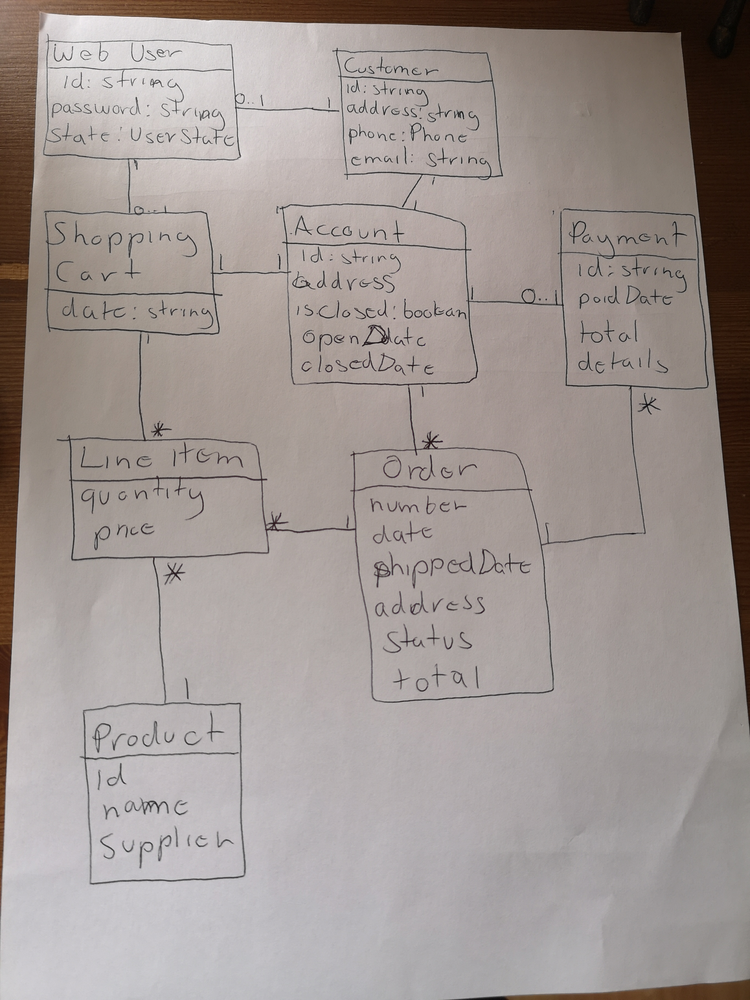
Diagram type: class_diagram
```plantuml
@startuml

hide empty members

class "Web User" as WebUser {
    id: string
    password: string
    state: UserState
}

class Customer {
    id: string
    address: string
    phone: Phone
    email: string
}

class "Shopping Cart" as ShoppingCart {
    date: string
}

class Account {
    id: string
    address
    isClosed: boolean
    openDate
    closedDate
}

class Payment {
    id: string
    paidDate
    total
    details
}

class "Line Item" as LineItem {
    quantity
    price
}

class Order {
    number
    date
    shippedDate
    address
    status
    total
}

class Product {
    id
    name
    supplier
}

WebUser "0..1" -- "1" Customer
WebUser "1" -- "0..1" ShoppingCart

Customer "1" -- "1" Account

ShoppingCart "1" -- "1" Account
ShoppingCart "1" -- "*" LineItem

Account "1" -- "0..1" Payment
Account "1" -- "*" Order

Order "1" -- "*" Payment

LineItem "*" -- "*" Order
LineItem "*" -- "1" Product

@enduml
```